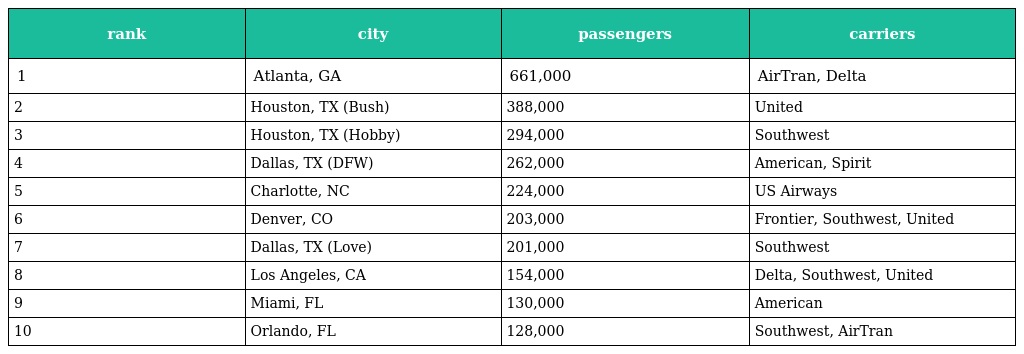
| rank | city | passengers | carriers |
 | --- | --- | --- | --- |
 | 1 | Atlanta, GA | 661,000 | AirTran, Delta |
 | 2 | Houston, TX (Bush) | 388,000 | United |
 | 3 | Houston, TX (Hobby) | 294,000 | Southwest |
 | 4 | Dallas, TX (DFW) | 262,000 | American, Spirit |
 | 5 | Charlotte, NC | 224,000 | US Airways |
 | 6 | Denver, CO | 203,000 | Frontier, Southwest, United |
 | 7 | Dallas, TX (Love) | 201,000 | Southwest |
 | 8 | Los Angeles, CA | 154,000 | Delta, Southwest, United |
 | 9 | Miami, FL | 130,000 | American |
 | 10 | Orlando, FL | 128,000 | Southwest, AirTran |